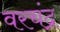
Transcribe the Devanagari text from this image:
वरचंद्र